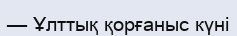
— Ұлттық қорғаныс күні